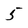
Character: 5